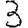
Digit: 3